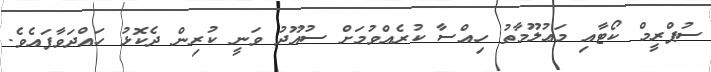
ސުޕްރީމް ކޯޓާއި މަޢުލޫމާތު ހިއްސާ ކުރެއްވުމަށް ސުއޫދު ވަނީ ކުރިން ދެކޮޅު ހައްދަވާފައެވެ.